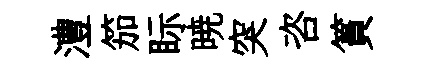
澧笳眎暁突咨篔